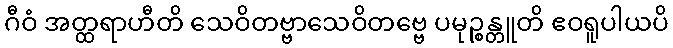
ဂီဝံ အတ္ထရာဟီတိ သေဝိတဗ္ဗာသေဝိတဗ္ဗေ ပမုဉ္စန္တူတိ ဧဝရူပါယပိ